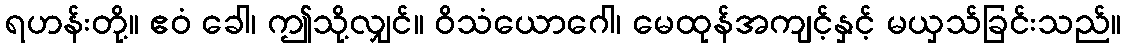
ရဟန်းတို့။ ဧဝံ ခေါ၊ ဤသို့လျှင်။ ဝိသံယောဂေါ၊ မေထုန်အကျင့်နှင့် မယှသ်ခြင်းသည်။